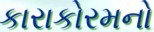
કારાકોરમનો